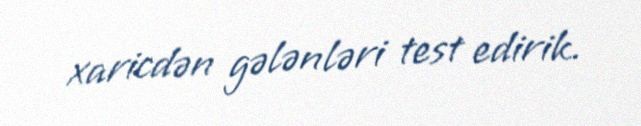
xaricdən gələnləri test edirik.